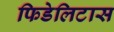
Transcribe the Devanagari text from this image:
फिडेलिटास